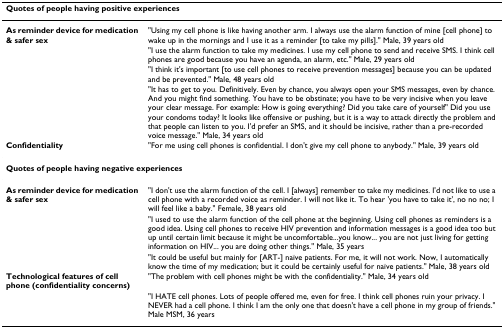
<table><thead><tr><td colspan="2"><b>Quotes of people having positive experiences</b></td></tr></thead><tbody><tr><td><b>As reminder device for medication &amp; safer sex</b></td><td>&quot;Using my cell phone is like having another arm. I always use the alarm function of mine [cell phone] to wake up in the mornings and I use it as a reminder [to take my pills].&quot; Male, 39 years old</td></tr><tr><td></td><td>&quot;I use the alarm function to take my medicines. I use my cell phone to send and receive SMS. I think cell phones are good because you have an agenda, an alarm, etc.&quot; Male, 29 years old</td></tr><tr><td></td><td>&quot;I think it&#x27;s important [to use cell phones to receive prevention messages] because you can be updated and be prevented.&quot; Male, 48 years old</td></tr><tr><td></td><td>&quot;It has to get to you. Definitively. Even by chance, you always open your SMS messages, even by chance. And you might find something. You have to be obstinate; you have to be very incisive when you leave your clear message. For example: How is going everything? Did you take care of yourself&quot; Did you use your condoms today? It looks like offensive or pushing, but it is a way to attack directly the problem and that people can listen to you. I&#x27;d prefer an SMS, and it should be incisive, rather than a pre-recorded voice message.&quot; Male, 34 years old</td></tr><tr><td><b>Confidentiality</b></td><td>&quot;For me using cell phones is confidential. I don&#x27;t give my cell phone to anybody.&quot; Male, 39 years old</td></tr><tr><td colspan="2"><b>Quotes of people having negative experiences</b></td></tr><tr><td><b>As reminder device for medication &amp; safer sex</b></td><td>&quot;I don&#x27;t use the alarm function of the cell. I [always] remember to take my medicines. I&#x27;d not like to use a cell phone with a recorded voice as reminder. I will not like it. To hear &#x27;you have to take it&#x27;, no no no; I will feel like a baby.&quot; Female, 38 years old</td></tr><tr><td></td><td>&quot;I used to use the alarm function of the cell phone at the beginning. Using cell phones as reminders is a good idea. Using cell phones to receive HIV prevention and information messages is a good idea too but up until certain limit because it might be uncomfortable...you know... you are not just living for getting information on HIV... you are doing other things.&quot; Male, 35 years</td></tr><tr><td></td><td>&quot;It could be useful but mainly for [ART-] naïve patients. For me, it will not work. Now, I automatically know the time of my medication; but it could be certainly useful for naïve patients.&quot; Male, 38 years old</td></tr><tr><td><b>Technological features of cell phone (confidentiality concerns)</b></td><td>&quot;The problem with cell phones might be with the confidentiality.&quot; Male, 34 years old</td></tr><tr><td></td><td>&quot;I HATE cell phones. Lots of people offered me, even for free. I think cell phones ruin your privacy. I NEVER had a cell phone. I think I am the only one that doesn&#x27;t have a cell phone in my group of friends.&quot; Male MSM, 36 years</td></tr></tbody></table>